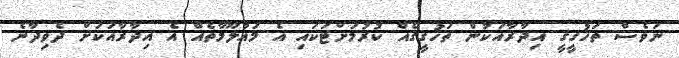
ނަވެސް ތަހުގީގީ އިދާރާއަކުން ތަހުގީގެއް ކުރުމަށްޓަކައި އެ މައުލޫމާތެއް އެ އިދާރާއަކަށް ދެވިދާނެ